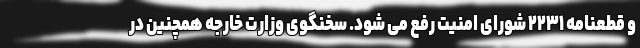
و قطعنامه ۲۲۳۱ شورای امنیت رفع می شود. سخنگوی وزارت خارجه همچنین در